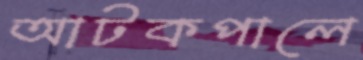
আটকপালে